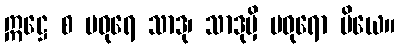
ဣဋ္ဌေ စ မဓုရေ သာဒု၊ သာဒုမှိ မဓုရော ပိယေ။